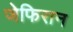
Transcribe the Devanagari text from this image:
जेफिरान